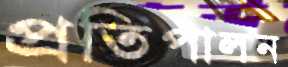
প্রতিপালন